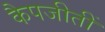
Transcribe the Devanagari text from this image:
कैपजीतीं